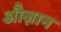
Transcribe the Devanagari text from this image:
औज़ान